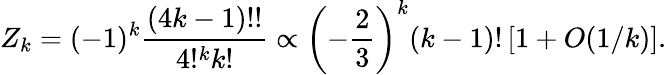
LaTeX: Z_{k}=(-1)^{k}{\frac{(4k-1)!!}{4!^{k}k!}}\propto\left(-{\frac{2}{3}}\right)^{k}(k-1)!\left[1+O(1/k)\right].